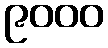
၉၀၀၀